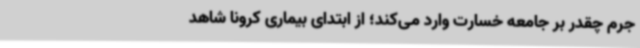
جرم چقدر بر جامعه خسارت وارد می‌کند؛ از ابتدای بیماری کرونا شاهد